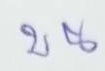
บน